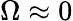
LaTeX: \Omega\approx 0